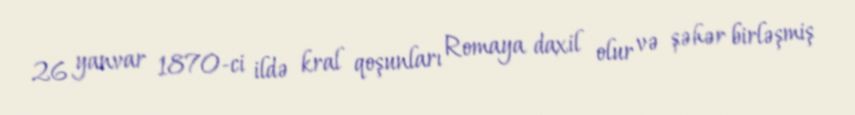
26 yanvar 1870-ci ildə kral qoşunları Romaya daxil olur və şəhər birləşmiş